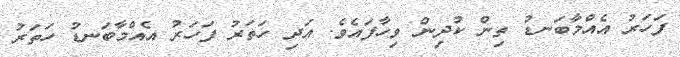
ފަހަރު އެއްމާބަނޑު ތިން ކުދިން ވިހާފައެވެ. އަދި ހަތަރު ފަހަރު އެއްމާބަނޑު ހަތަރު